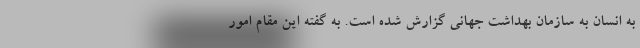
به انسان به سازمان بهداشت جهانی گزارش شده است. به گفته این مقام امور